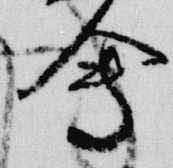
会